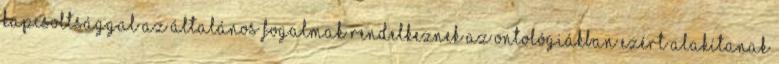
kapcsoltsággal az általános fogalmak rendelkeznek Az ontológiákban ezért alakítanak